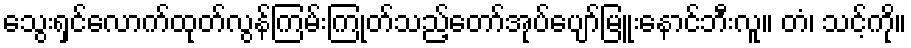
သွေးရှင်လောက်ထုတ်လွန်ကြမ်းကြုတ်သည့်တော်အုပ်ပျော်မြူးနောင်ဘီးလူ။ တံ၊ သင့်ကို။